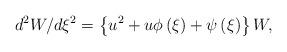
LaTeX: \begin{align*}d^{2}W/d\xi ^{2}=\left\{ {u^{2}+u\phi \left( \xi \right) +\psi \left( \xi\right) }\right\} W, \end{align*}